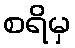
စရိမှ